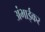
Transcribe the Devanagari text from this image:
अंभाईकर